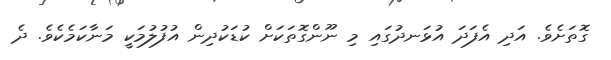
ގޮތަށެވެ. އަދި އެފަދަ އުޅަނދުގައި މި ނޫންގޮތަކަށް ކުޑަކުދިން އުފުލުމަކީ މަނާކަމެކެވެ. ދެ